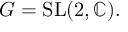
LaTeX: G = { \mathrm { S L } } ( 2 , \mathbb { C } ) .